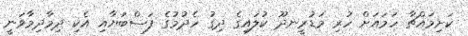
ކަށިމައްޗާ ހަމައަށް ހުރި މަޑުރީނދޫ ކުލައިގެ ދިގު ހެދުމުގެ ފަސްބަޔާއި އެކި ދިމާދިމާވަނީ